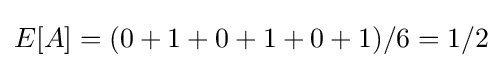
E[A]=(0+1+0+1+0+1)/6=1/2